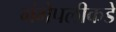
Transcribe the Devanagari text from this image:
गंगेपलीकडे